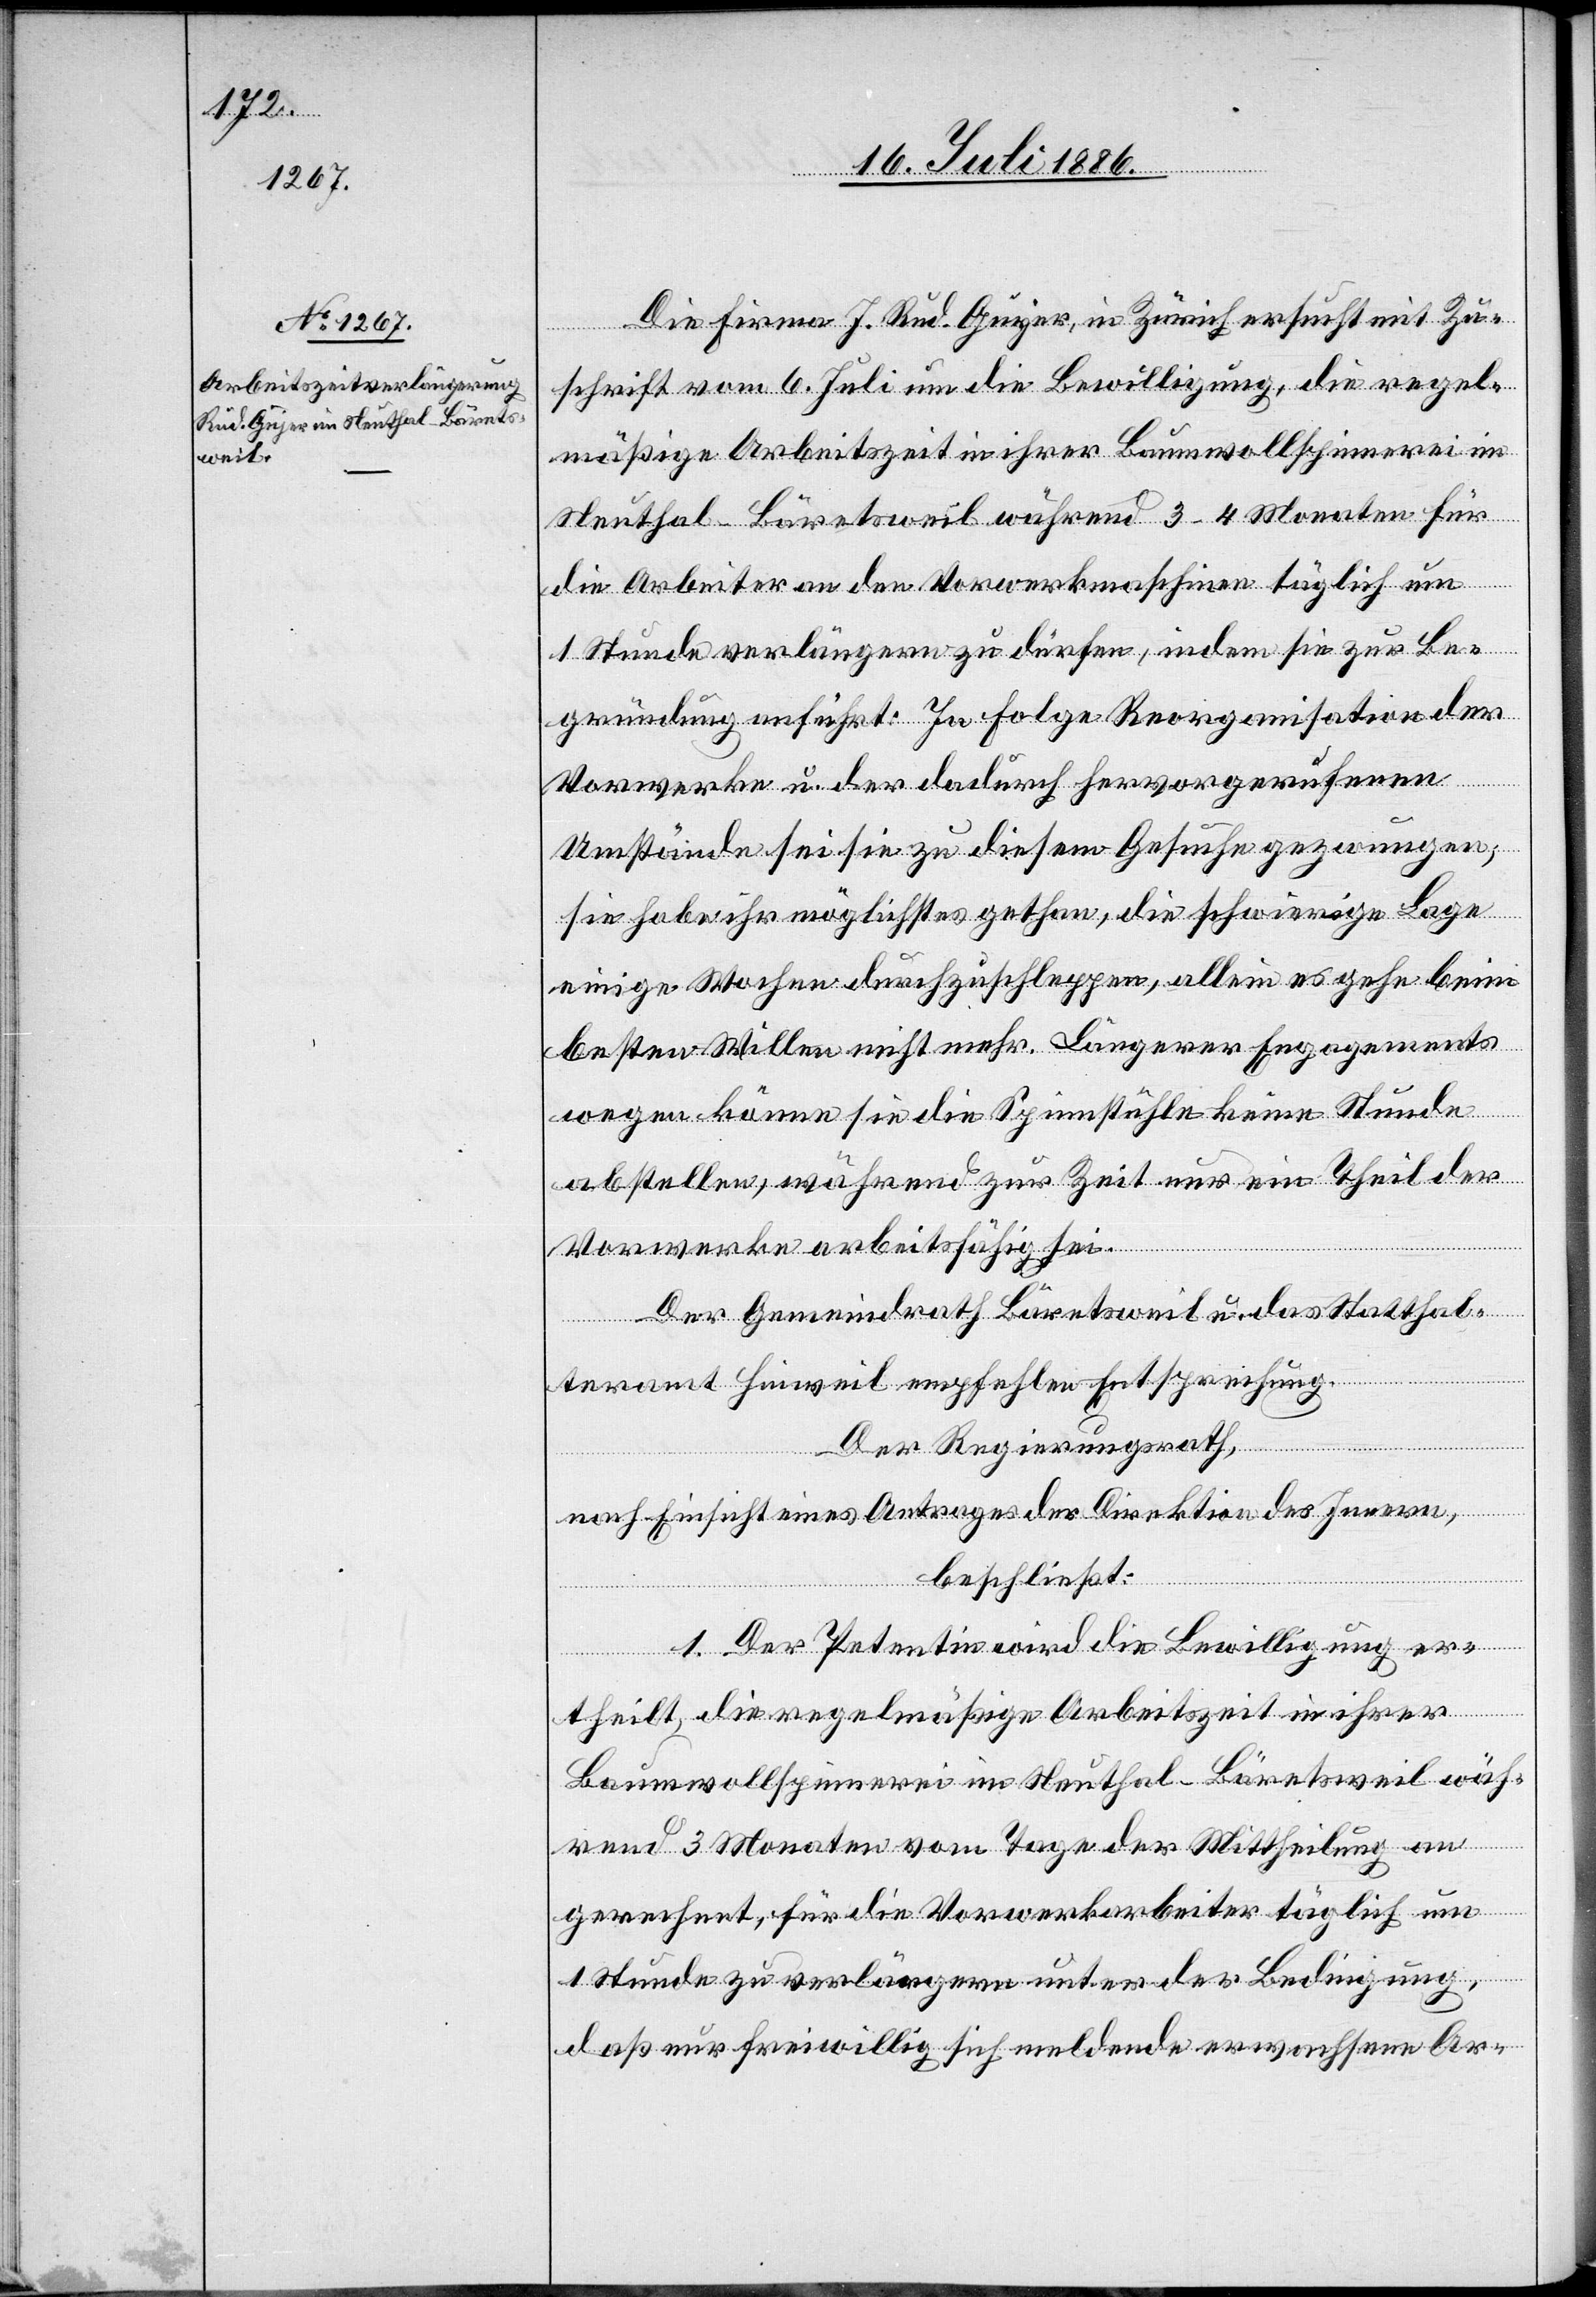
Die Firma J. Rud. Guyer [sic!], in Zürich ersucht mit Zu¬
schrift vom 6. Juli um die Bewilligung, die regel¬
mäßige Arbeitszeit in ihrer Baumwollspinnerei im
Neuthal - Bäretsweil während 3–4 Monaten für
die Arbeiter an den Vorwerkmaschinen täglich um
eine
1 Stunde verlängern zu dürfen, indem sie zur Be¬
gründung anführt: In Folge Reorganisation der
Vorwerke u. der dadurch hervorgerufenen
Umstände sei sie zu diesem Gesuche gezwungen;
sie habe ihr möglichstes gethan, die schwierige Lage
einige Wochen durchzuschleppen, allein es gehe beim
besten Willen nicht mehr. Längerer Engagements
wegen könne sie die Spinnstühle keine Stunde
abstellen, während zur Zeit nur ein Theil der
Vorwerke arbeitsfähig sei.
Der Gemeindrath Bäretsweil u. das Statthal¬
teramt Hinweil empfehlen Entsprechung.
Der Regierungsrath,
nach Einsicht eines Antrages der Direktion des Innern,
beschließt:
1. Der Petentin wird die Bewilligung er¬
theilt, die regelmäßige Arbeitszeit in ihrer
Baumwollspinnerei im Neuthal - Bäretsweil wäh¬
rend 3 Monaten vom Tage der Mittheilung an
gerechnet, für die Vorwerkarbeiter täglich um
Stunde zu verlängern unter der Bedingung,
daß nur freiwillig sich meldende erwachsene Ar-